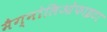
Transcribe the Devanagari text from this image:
मैग्नोलिओफाइटा